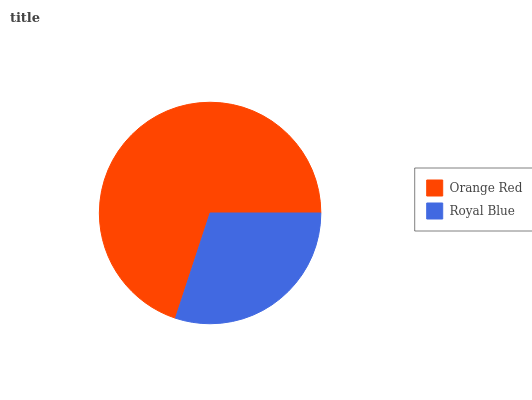
| Orange Red | Royal Blue |
 | --- | --- |
 | 69.9% | 30.1% |